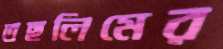
তছলিমের